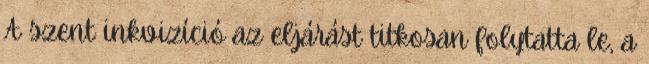
A szent inkvizíció az eljárást titkosan folytatta le, a